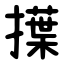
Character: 擛